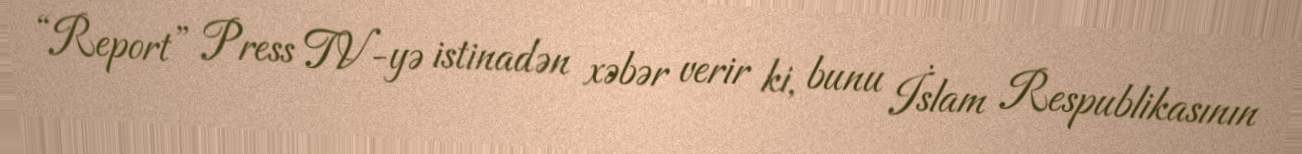
“Report” Press TV-yə istinadən xəbər verir ki, bunu İslam Respublikasının